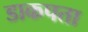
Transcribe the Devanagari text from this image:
डाकपता